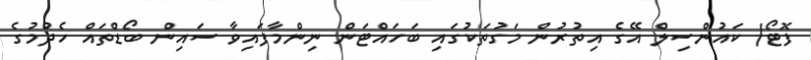
ފޮޓޯ/ ކައުންސިލް އޭގެ އިތުރުން މަގުތަކުގައި ބަހައްޓަން ނިންމާފައިވާ ސައިން ބޯޑްތައް ހެދުމުގެ